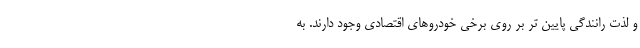
و لذت رانندگی پایین تر بر روی برخی خودروهای اقتصادی وجود دارند. به